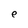
Character: e